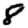
Digit: 8